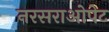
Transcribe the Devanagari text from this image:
नरसराओपेट